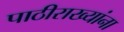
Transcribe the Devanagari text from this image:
पाठीराख्यांना